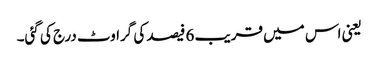
یعنی اس میں قریب 6 فیصد کی گراوٹ درج کی گئی۔